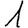
Digit: 1